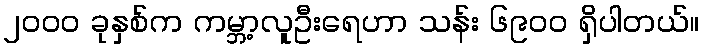
၂၀၀၀ ခုနှစ်က ကမ္ဘာ့လူဦးရေဟာ သန်း ၆၉၀၀ ရှိပါတယ်။